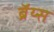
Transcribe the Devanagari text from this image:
ब्रॅय्स